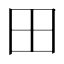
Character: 田